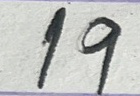
19